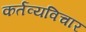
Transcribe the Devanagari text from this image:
कर्तव्यविचार